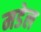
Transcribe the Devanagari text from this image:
मडेल